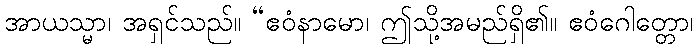
အာယသ္မာ၊ အရှင်သည်။ “ဧဝံနာမော၊ ဤသို့အမည်ရှိ၏။ ဧဝံဂေါတ္တော၊